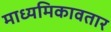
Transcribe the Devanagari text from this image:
माध्यमिकावतार